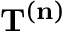
\mathbf { T } ^ { ( \mathbf { n } ) }